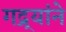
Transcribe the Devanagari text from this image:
गद्र्‍यांने